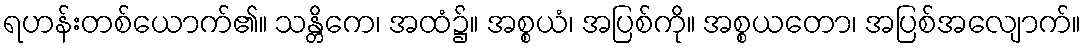
ရဟန်းတစ်ယောက်၏။ သန္တိကေ၊ အထံ၌။ အစ္စယံ၊ အပြစ်ကို။ အစ္စယတော၊ အပြစ်အလျောက်။